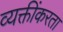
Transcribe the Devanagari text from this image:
व्यक्तींकरता